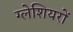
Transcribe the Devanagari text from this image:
ग्‍लेशियरों